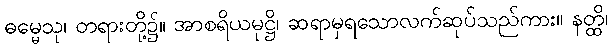
ဓမ္မေသု၊ တရားတို့၌။ အာစရိယမုဋ္ဌိ၊ ဆရာမှရသောလက်ဆုပ်သည်ကား။ နတ္ထိ၊